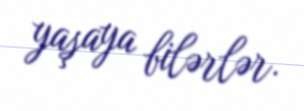
yaşaya bilərlər.